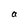
Character: a